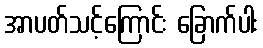
အာပတ်သင့်ကြောင်း ခြောက်ပါး